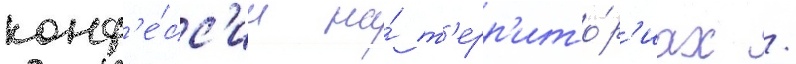
конф'е́сс'ии на́ т'ерр'ито́р'иах /